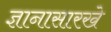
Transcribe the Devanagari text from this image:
ज्ञानासारखे